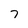
Character: 7